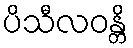
ပိသီလဝန္တိ